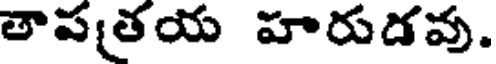
తాపతయ హరుదవు.